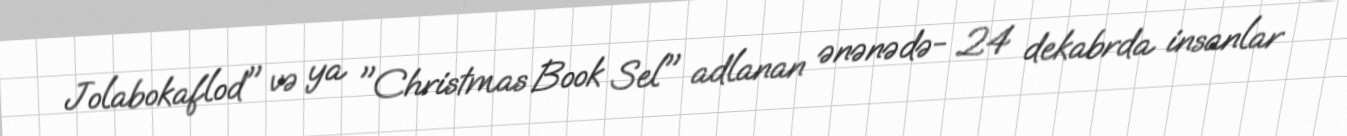
Jolabokaflod" və ya "Christmas Book Sel" adlanan ənənədə- 24 dekabrda insanlar